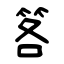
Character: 笿